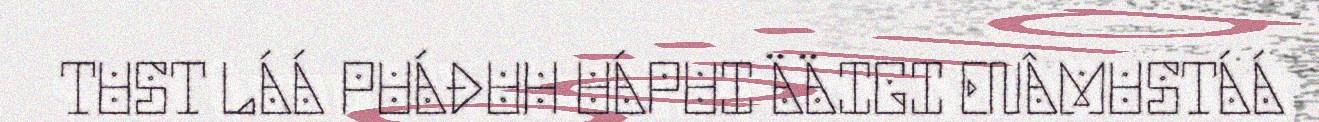
TUST LÁÁ PUÁĐUH UÁPUI ÄÄIGI ENÂMUSTÁÁ